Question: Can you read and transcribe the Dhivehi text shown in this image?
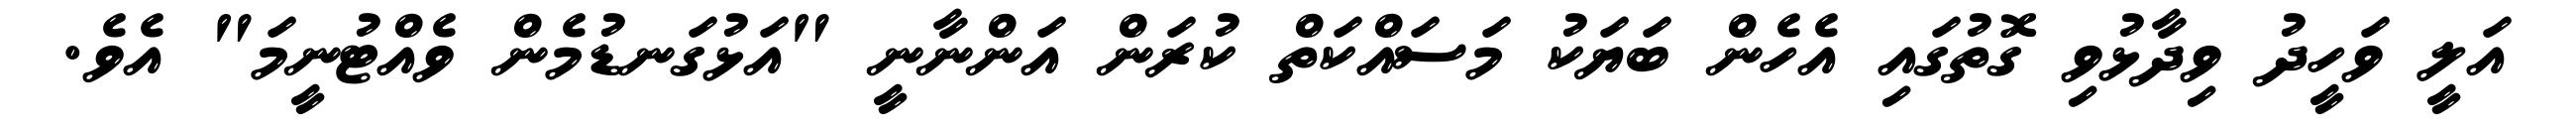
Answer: އަލީ ވަހީދު ވިދާޅުވި ގޮތުގައި އެހެން ބަޔަކު މަސައްކަތް ކުރަން އަންނާނީ "އަޅުގަނޑުމެން ވެއްޓުނީމަ" އެވެ.